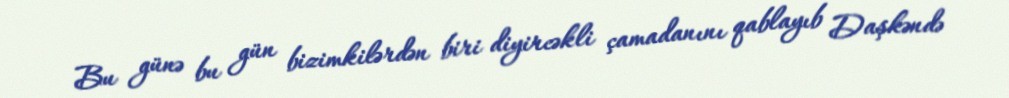
Bu günə bu gün bizimkilərdən biri diyircəkli çamadanını qablayıb Daşkəndə